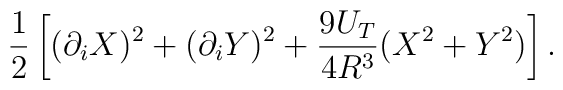
\frac{1}{2}\left[(\partial_i X)^2+(\partial_i Y)^2+\frac{9U_T}{4R^3}(X^2+Y^2)\right].